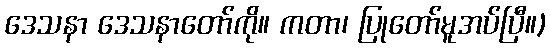
ဒေသနာ ဒေသနာတော်ကို။ ကတာ၊ ပြုတော်မူအပ်ပြီ။)